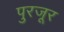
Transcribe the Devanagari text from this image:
पुरजूर